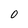
Character: 0